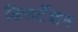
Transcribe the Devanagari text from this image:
डिसर्टेशन